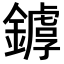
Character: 𨬷